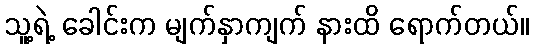
သူ့ရဲ့ ခေါင်းက မျက်နှာကျက် နားထိ ရောက်တယ်။